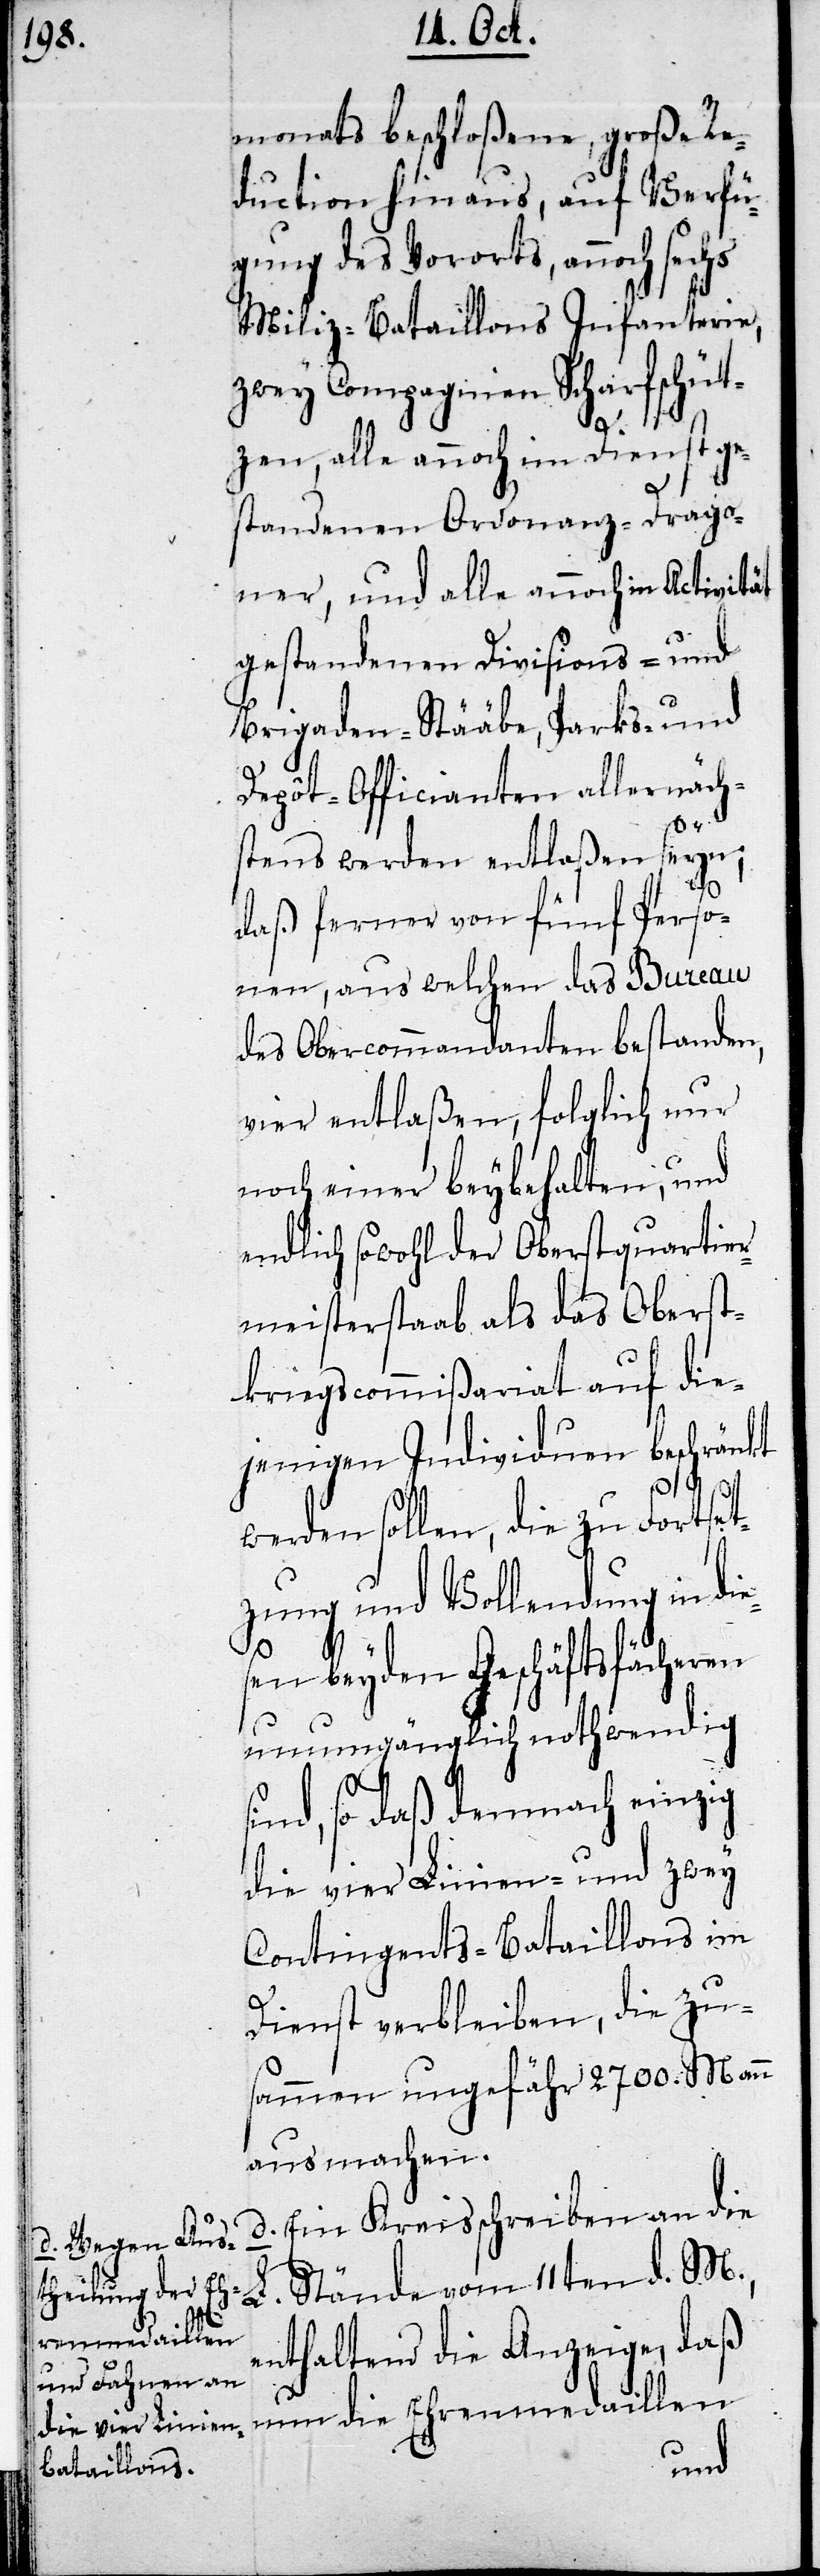
monats beschloßene, große Re¬
duction hinaus, auf Verfü¬
gung des Vororts, annoch sechs
Miliz-Bataillons Infanterie,
zwey Compagnien Scharfschüt¬
zen, alle annoch im Dienst ge¬
standenen Ordonanz-Drago¬
ner, und alle annoch in Activität
gestandenen Divisions- und
Brigaden-Stääbe, Parks- und
Depôt-Officianten allernäch¬
s¬
stens werden entlaßen seyn;
daß ferner von fünf Perso¬
nen, aus welchen das Bureau
des Obercommandanten bestanden,
vier entlaßen, folglich nur
noch einer beybehalten, und
endlich sowohl der Oberstquartier¬
meisterstaab als das Oberst¬
kriegscommißariat auf die¬
jenigen Individuen beschränkt
werden sollen, die zu Fortset¬
zung und Vollendung in die¬
sen beyden Geschäftsfächeren
unumgänglich nothwendig
ind, so daß demnach einzig
die vier Linien- und zwey
Contingents-Bataillons im
Dienst verbleiben, die zu¬
sammen ungefähr 2700. Mann
ausmachen.
d. Ein Kreisschreiben an die
L. Stände vom 11ten d. M.,
enthaltend die Anzeige, daß
nun die Ehrenmedaillen